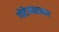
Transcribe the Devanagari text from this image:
गोटेमाळावर